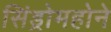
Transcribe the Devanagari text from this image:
सिंड्रोमहोने